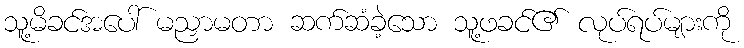
သူ့မိခင်အပေါ် မညှာမတာ ဆက်ဆံခဲ့သော သူ့ဖခင်၏ လုပ်ရပ်များကို